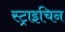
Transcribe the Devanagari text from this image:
स्ट्राइचिन